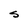
Character: S